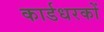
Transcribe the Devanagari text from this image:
कार्डधरकों